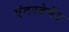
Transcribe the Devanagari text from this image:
एंटरटेमेंट